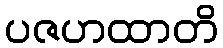
ပဇဟထာတိ